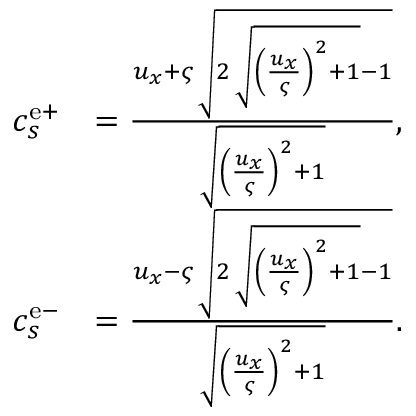
\begin{array} { r l } { c _ { s } ^ { \mathrm { e + } } } & { = \frac { u _ { x } + \varsigma \, \sqrt { 2 \, \sqrt { { \left( \frac { u _ { x } } { \varsigma } \right) } ^ { 2 } + 1 } - 1 } } { \sqrt { { \left( \frac { u _ { x } } { \varsigma } \right) } ^ { 2 } + 1 } } , } \\ { c _ { s } ^ { \mathrm { e - } } } & { = \frac { u _ { x } - \varsigma \, \sqrt { 2 \, \sqrt { { \left( \frac { u _ { x } } { \varsigma } \right) } ^ { 2 } + 1 } - 1 } } { \sqrt { { \left( \frac { u _ { x } } { \varsigma } \right) } ^ { 2 } + 1 } } . } \end{array}